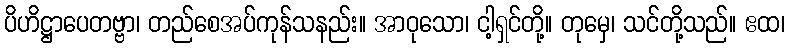
ပိဟိဋ္ဌာပေတဗ္ဗာ၊ တည်စေအပ်ကုန်သနည်း။ အာဝုသော၊ ငါ့ရှင်တို့။ တုမှေ၊ သင်တို့သည်။ ဧထ၊